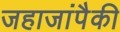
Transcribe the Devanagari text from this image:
जहाजांपैकी